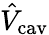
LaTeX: \hat{V}_{\mathrm{cav}}